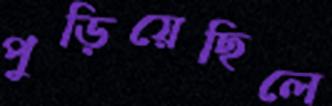
পুড়িয়েছিলে